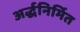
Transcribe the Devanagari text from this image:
अर्द्धनिर्मित